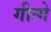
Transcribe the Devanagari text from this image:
गीत्गे